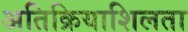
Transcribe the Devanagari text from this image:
अतिक्रियाशिलता